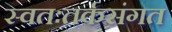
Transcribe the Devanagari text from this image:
स्वतःतर्कसंगत